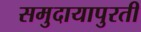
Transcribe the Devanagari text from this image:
समुदायापुरती